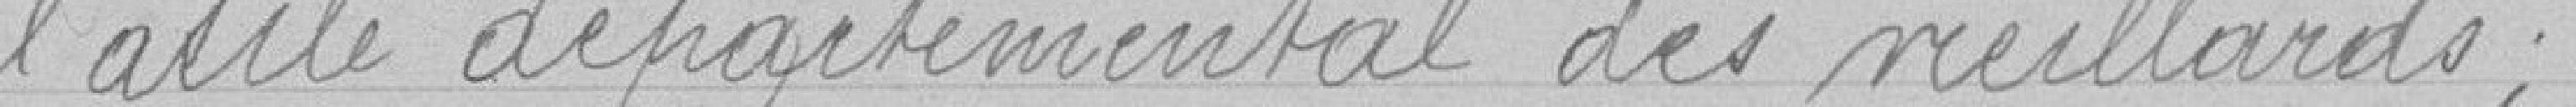
l'asile départemental des vieillards ;